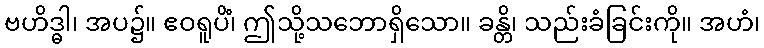
ဗဟိဒ္ဓါ၊ အပ၌။ ဧဝရူပိံ၊ ဤသို့သဘောရှိသော။ ခန္တိ၊ သည်းခံခြင်းကို။ အဟံ၊